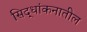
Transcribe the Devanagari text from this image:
सिद्धांकनातील